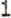
1